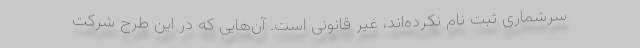
سرشماری ثبت نام نکرده‌اند، غیر قانونی است. آن‌هایی که در این طرح شرکت